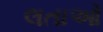
લતાઓ